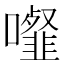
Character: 𩐉